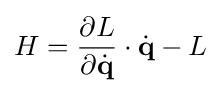
H={\frac {\partial L}{\partial {\dot {\mathbf {q} }}}}\cdot {\dot {\mathbf {q} }}-L